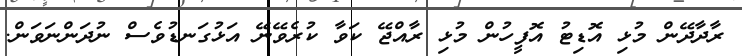
ރާދާދޭން މުޅި އޮޑިޓު އޮފީހުން މުޅި ރާއްޖޭ ކަވާ ކުރެވޭނޭ އަޅުގަނޑުވެސް ނުދަންނަވަން.